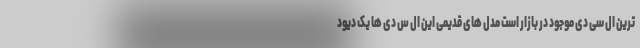
ترین ال سی دی موجود در بازار است مدل های قدیمی این ال س دی ها یک دیود